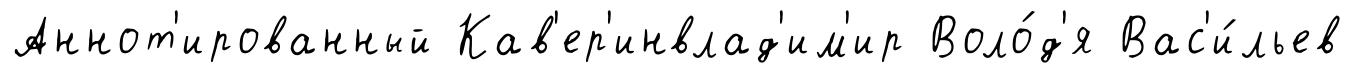
Аннот'ированный Кав'ер'инвлад'им'ир Воло́д'я Вас'и́льев